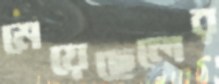
মেয়েছেলের